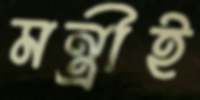
মন্ত্রীই